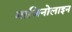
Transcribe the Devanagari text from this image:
माजिनोलाइन